Annual vaccination report of Bihar and Orissa - 1911-1928
Year: 1911
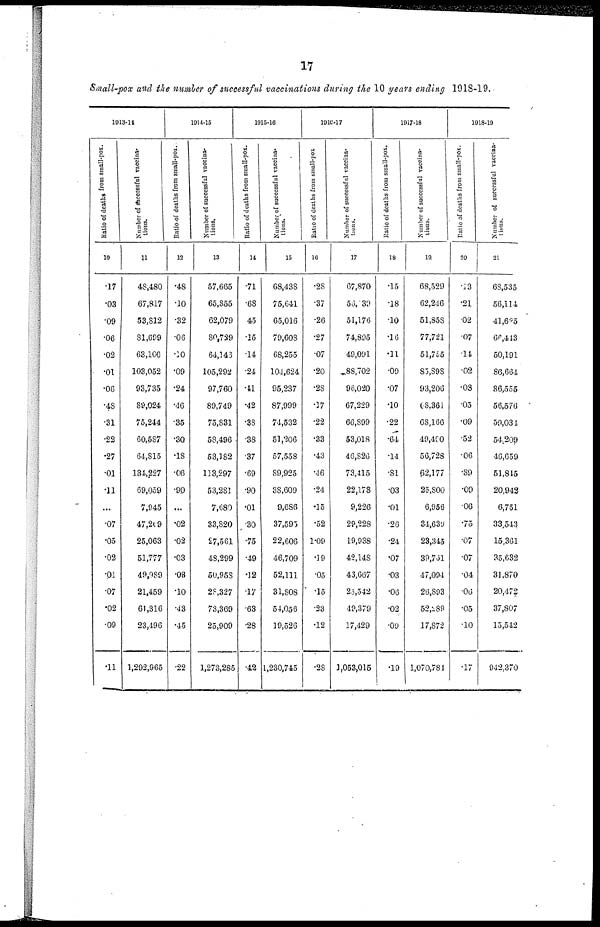
17
Small-pox and the number of successful vaccinations during the 10 years ending 1918-19.
1913-14
Ratio of deaths from small-pox.
10
.17
.03
.09
.06
.02
.01
.06
.48
.31
.22
.27
.01
.11
...
.07
.05
.02
.01
.07
.02
.09
.11
Number of successful vaccina-
tions.
11
48,480
67,817
53,812
81,699
63,160
103,052
93,735
89,024
75,244
60,587
64,815
134,227
69,059
7,945
47,269
25,063
51,777
49,989
21,459
61,316
23,496
1,292,965
1914-15
Ratio of deaths from small-pox.
12
.48
.10
.32
.06
.10
.09
.24
.46
.35
.30
.18
.06
.90
...
.02
.02
.03
.08
.10
.43
.45
.22
Number of successful vaccina-
tions.
13
57,665
65,855
62,079
80,729
64,146
105,292
97,760
89,749
75,831
58,496
53,182
113,297
53,281
7,680
33,820
27,561
48,299
50,958
28,327
73,369
25,909
1,273,285
1915-16
Ratio of deaths from small-pox.
14
.71
.68
.45
.15
.14
.24
.41
.42
.38
.38
.37
.69
.90
.01
.30
.75
.49
.12
.17
.63
.28
.42
Number of successful vaccina-
tions.
15
68,438
75,641
65,016
79,608
68,255
104,624
95,237
87,999
74,532
51,206
57,558
89,925
38,609
9,686
37,595
22,606
46,709
52,111
31,808
54,056
19,526
1,230,745
1916-17
Ratio
of deaths from small-pox
16
.28
.37
.26
.27
.07
.20
.28
.17
.22
.33
.43
.16
.24
.15
.52
1.09
.19
.05
.15
.23
.12
.28
Number of successful vaccina-
tions.
17
67,870
56,139
51,176
74,895
49,091
88,702
96,020
67,229
66,899
53,018
46,826
73,415
22,178
9,226
29,228
19,938
42,148
43,667
25,542
49,379
17,429
1,053,015
1917-18
Ratio of deaths from small-pox.
18
.15
.18
.10
.16
.11
.09
.07
.10
.22
.64
.14
.81
.03
.01
.26
.24
.07
.03
.06
.02
.09
.19
Number
of successful vaccina-
tions.
19
68,529
62,246
51,858
77,721
51,755
85,898
93,206
68,361
68,166
49,490
56,728
62,177
25,800
6,956
34,639
23,345
39,761
47,094
26,893
52,289
17,872
1,070,784
1918-19
Ratio of deaths from small-pox.
20
.13
.21
.02
.07
.14
.02
.08
.05
.09
.52
.06
.89
.09
.06
.75
.07
.07
.04
.06
.05
.10
.17
Number
of successful vaccina-
tions.
21
68,535
56,114
41,625
66,443
50,191
86,664
86,555
56,576
59,034
54,209
46,659
51,845
20,942
6,751
33,543
15,361
35,632
31,870
20,472
37,807
15,542
942,370